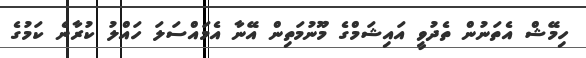
ހިމޭޝް އެތަނުން ތެދުވީ އައިޝަމްގެ މޫނުމަތިން އޭނާ އެމައްސަލަ ހައްލު ކުރާނެ ކަމުގެ